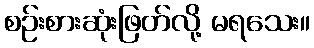
စဉ်းစားဆုံးဖြတ်လို့ မရသေး။